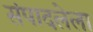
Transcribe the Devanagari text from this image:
संपादलेला